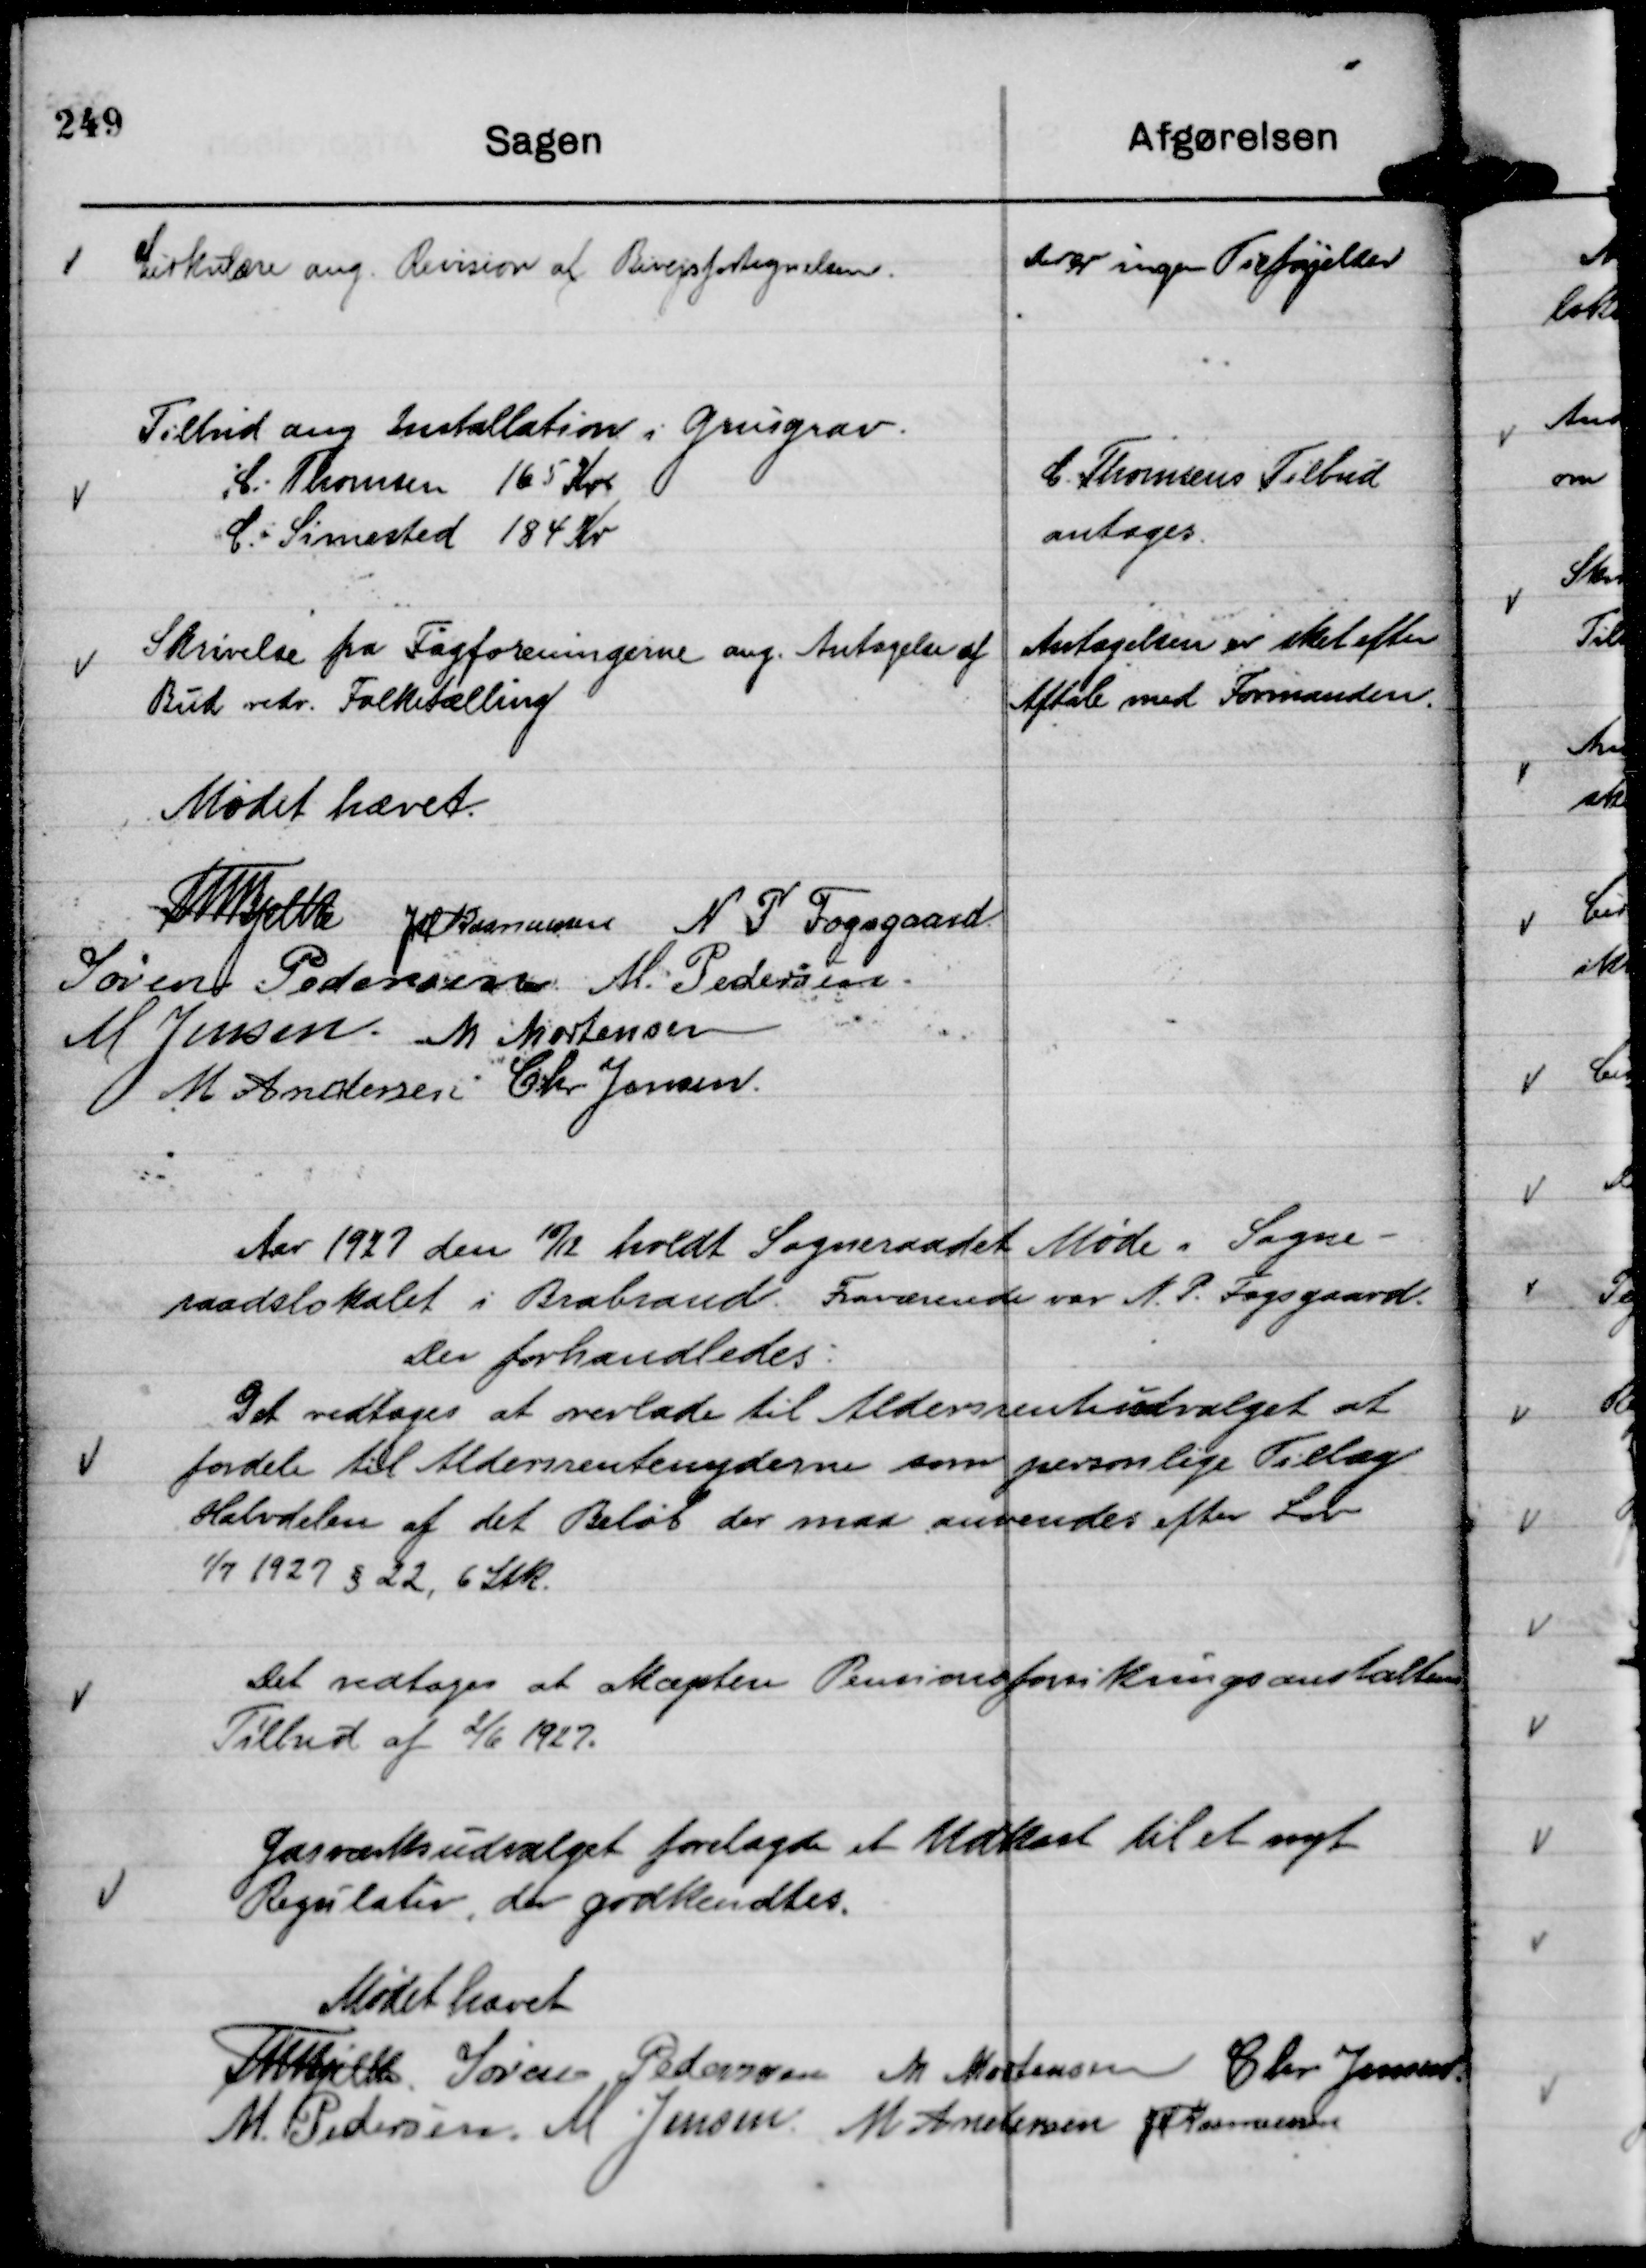
Transskription:
Cirkulære ang. Revision af Bivejsfortegnelsen.

Der er ingen Tilføjelser

Tilbud ang Installation i Grusgrav.
C. Thomsen 165 Kr
C. Simested 184 Kr

C. Thomsens Tilbud
antages.

Skrivelse fra Fagforeningerne ang. Antagelse af
Bud vedr. Folketælling

Antagelsen er sket efter
Aftale med Formanden.

Mødet hævet.
Th Bjelke
JM Rasmussen
N P Fogsgaard
Søren Pedersen
M. Pedersen.
M Jensen.
M Mortensen
M Andersen
Chr Jensen

Aar 1927 den 10/12 holdt Sogneraadet Møde i Sogne-
raadslokalet i Brabrand. Fraværende var N. P. Fogsgaard.
Der forhandledes:

Det vedtages at overlade til Aldersrenteudvalget at
fordele til Aldersrentenyderne som personlige Tillæg
Halvdelen af det Beløb der maa anvendes efter Lov
1/7 1927 § 22, 6 Stk.

Det vedtages at akceptere Pensionsforsikringsanstaltens
Tilbud af 2/6 1927.

Gasværksudvalget forelagde et Udkast til et nyt
Regulativ, der godkendtes.

Mødet hævet
Th Bjelke.
Søren Pedersen
M Mortensen
Chr Jensen
M. Pedersen
M Jensen.
M Andersen
JM Rasmussen